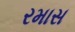
રમાસ